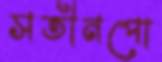
সতীনপো